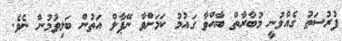
ފުރުސަތު ގެއްލުނީ މުބާރާތް ބާއްވާ ގައުމު ކަމަށްވާ ނޭޕާލް އަތުން ބަލިވުމުން ނެވެ.